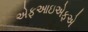
એફઆઇએફએ